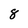
Character: 8